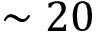
\sim 2 0